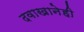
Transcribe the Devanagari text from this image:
दवाखानेही